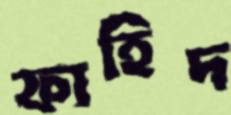
ফাহিদ